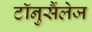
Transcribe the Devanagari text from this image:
टॉनुसैंलेज